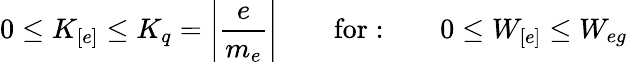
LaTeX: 0\leq K_{[e]}\leq K_{q}=\left|\frac{e}{m_{e}}\right|\qquad\mathrm{for:}\qquad 0\leq W_{[e]}\leq W_{eg}